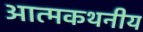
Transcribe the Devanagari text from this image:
आत्मकथनीय